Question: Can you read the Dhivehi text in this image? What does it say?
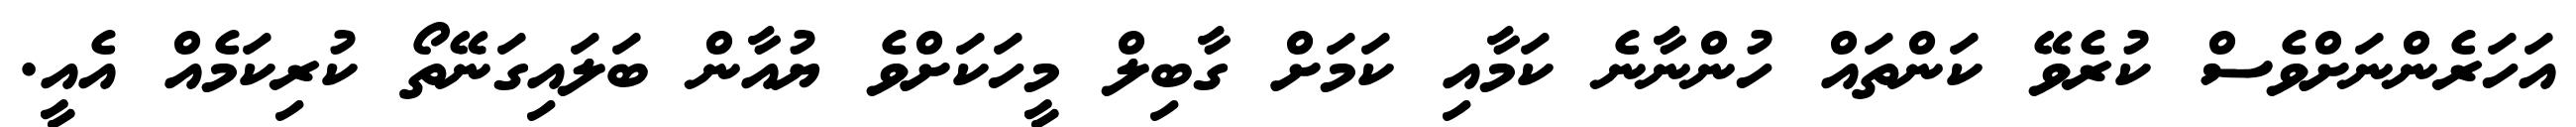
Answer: އަހަރެންނަށްވެސް ކުރެވޭ ކަންތައް ހުންނާނެ ކަމާއި ކަމަށް ގާބިލް މީހަކަށްވެ ޔުއާން ބަލައިގަނޭތޯ ކުރިކަމެއް އެއީ.